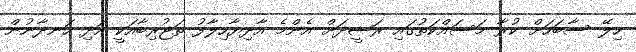
ހިލޭ ސާބަހަށް ކުރާ މަސައްކަތުގައި ރަޝީދަށް އެންމެ އާދިޔާހިލާފު ތަޖުރިބާއަކީ އަދި ހަނދާނުން